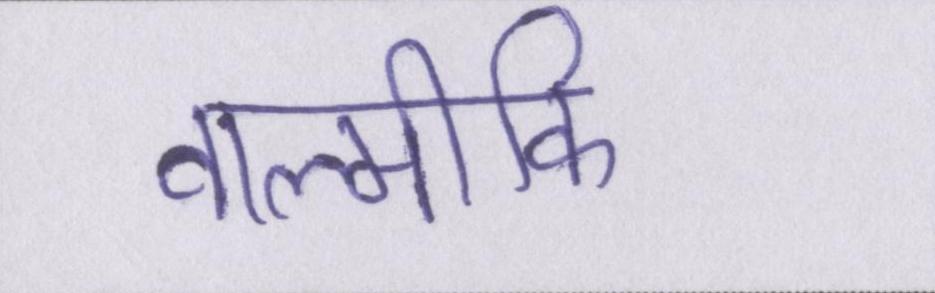
वाल्मीकि